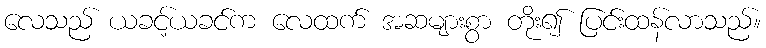
လေသည် ယခင့်ယခင်က လေထက် အဆများစွာ တိုး၍ ပြင်းထန်လာသည်။